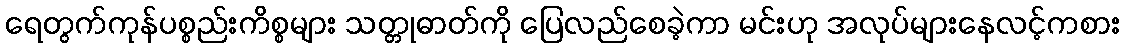
ရေတွက်ကုန်ပစ္စည်းကိစ္စများ သတ္တုဓာတ်ကို ပြေလည်စေခဲ့ကာ မင်းဟု အလုပ်များနေလင့်ကစား